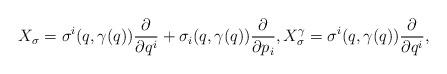
LaTeX: \begin{align*} X_{\sigma}=\sigma^i(q,\gamma(q))\frac{\partial}{\partial q^i}+\sigma_i(q,\gamma(q))\frac{\partial}{\partial p_i},X_{\sigma}^{\gamma}=\sigma^i(q,\gamma(q))\frac{\partial}{\partial q^i},\end{align*}